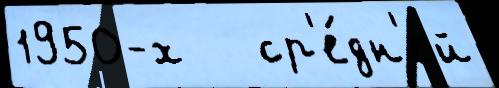
1950-х   ср'е́дн'ей